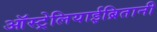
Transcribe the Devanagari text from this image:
ऑस्ट्रेलियाईब्रितानी